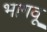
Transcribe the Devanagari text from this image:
भागवू